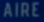
AIRE